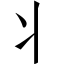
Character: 丬